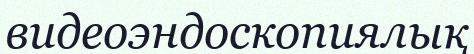
видеоэндоскопиялық